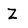
Character: Z